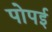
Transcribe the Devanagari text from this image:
पोपई